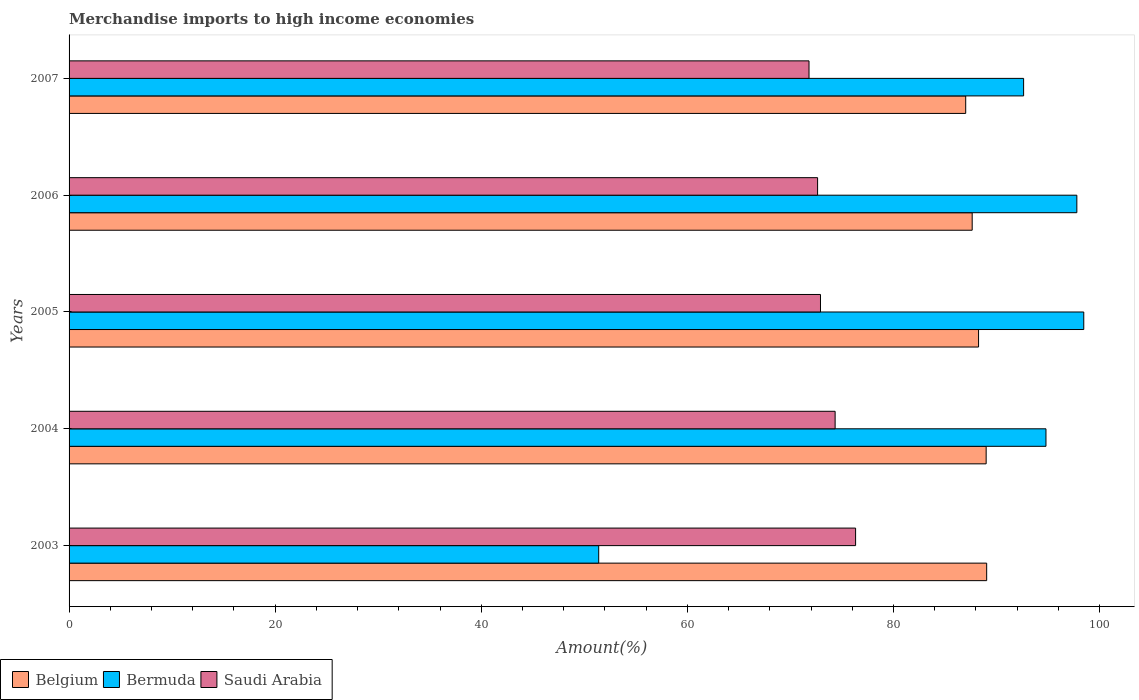
| Years | Belgium | Bermuda | Saudi Arabia |
 | --- | --- | --- | --- |
 | 2003 | 89 | 51.4 | 76.3 |
 | 2004 | 89 | 94.8 | 74.3 |
 | 2005 | 88.3 | 98.5 | 72.9 |
 | 2006 | 87.6 | 97.8 | 72.6 |
 | 2007 | 87 | 92.6 | 71.8 |